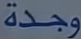
وجدة